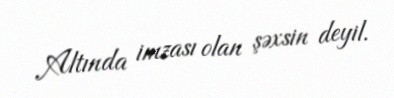
Altında imzası olan şəxsin deyil.